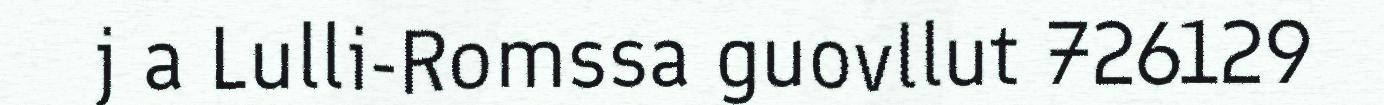
j a Lulli-Romssa guovllut 726129